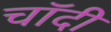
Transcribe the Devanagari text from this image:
चॉदी